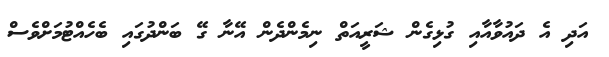
އަދި އެ ދައުވާއާއި ގުޅިގެން ޝަރީއަތް ނިމެންދެން އޭނާ ގޭ ބަންދުގައި ބެހެއްޓުމަށްވެސް